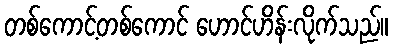
တစ်ကောင့်တစ်ကောင် ဟောင်ဟိန်းလိုက်သည်။